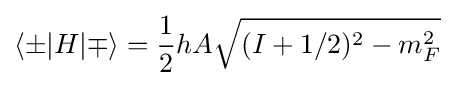
\langle \pm |H|\mp \rangle ={\frac {1}{2}}hA{\sqrt {(I+1/2)^{2}-m_{F}^{2}}}